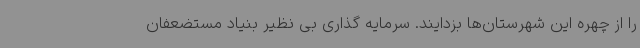
را از چهره این شهرستان‌ها بزدایند. سرمایه گذاری بی نظیر بنیاد مستضعفان